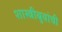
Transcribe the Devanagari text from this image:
शास्त्रीबुवांची